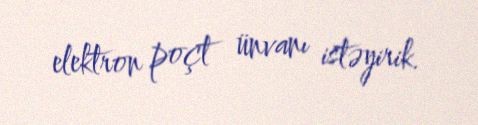
elektron poçt ünvanı istəyirik.